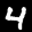
Label: 4